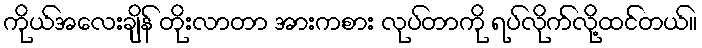
ကိုယ်အလေးချိန် တိုးလာတာ အားကစား လုပ်တာကို ရပ်လိုက်လို့ထင်တယ်။